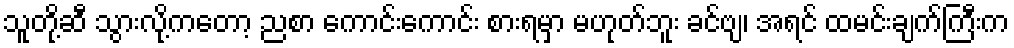
သူတို့ဆီ သွားလို့ကတော့ ညစာ ကောင်းကောင်း စားရမှာ မဟုတ်ဘူး ခင်ဗျ၊ အရင် ထမင်းချက်ကြီးက